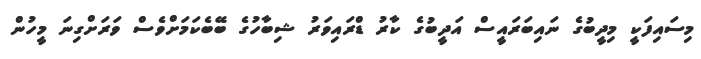
މިސައިފަކީ މިދީބުގެ ނައިބަރައީސް އަދީބުގެ ކާރު ޑްރައިވަރު ޝިބާހުގެ ބޭބެކަމަށްވެސް ވަރަށްގިނަ މީހުން